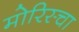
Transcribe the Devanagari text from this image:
मोरिस्चा